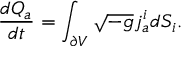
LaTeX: { \frac { d Q _ { a } } { d t } } = \int _ { \partial V } \sqrt { - g } j _ { a } ^ { i } d S _ { i } .